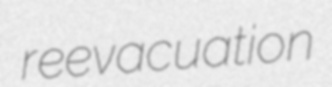
reevacuation